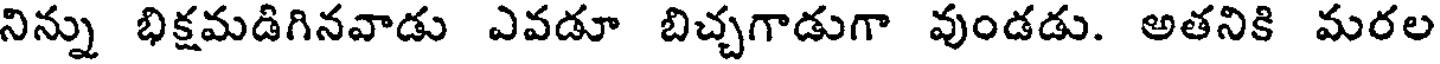
నిన్ను భిక్షమడిగినవాడు ఎవడూ బిచ్చగాడుగా వుండడు. అతనికి మరల